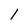
Character: 1